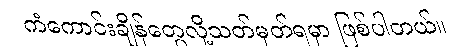
ကံကောင်းချိန်တွေလို့သတ်မှတ်ရမှာ ဖြစ်ပါတယ်။